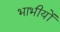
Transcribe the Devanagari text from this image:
भाभीयों